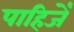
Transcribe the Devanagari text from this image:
पाहिजेँ